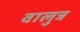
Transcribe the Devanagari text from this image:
वालुत्र